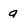
Character: a